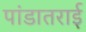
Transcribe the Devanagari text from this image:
पांडातराई